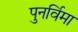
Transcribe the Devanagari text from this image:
पुनर्विमा